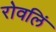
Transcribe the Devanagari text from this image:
रोवलिं